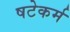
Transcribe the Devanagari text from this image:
षटेकर्म